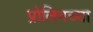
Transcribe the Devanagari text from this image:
प्रोलिनच्या